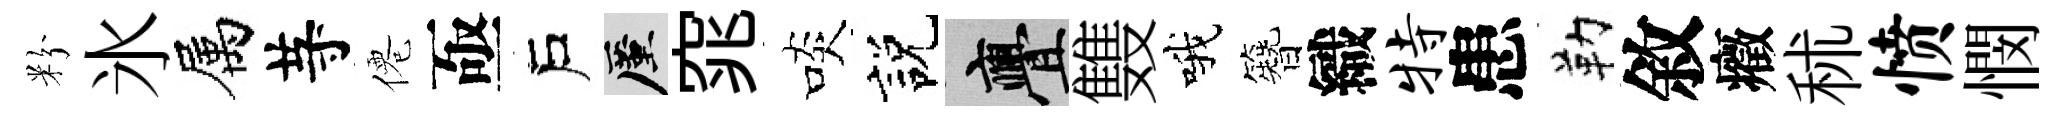
粉氷属䒭僊亟戶厪窕啖説亹䨇哦簪織特患勒敘癥秫愤憫